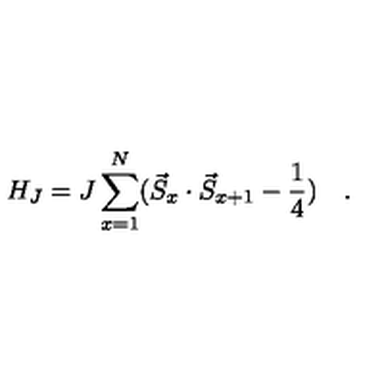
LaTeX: H _ { J } = J \sum _ { x = 1 } ^ { N } ( \vec { S } _ { x } \cdot \vec { S } _ { x + 1 } - \frac { 1 } { 4 } ) \quad .